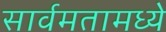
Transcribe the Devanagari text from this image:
सार्वमतामध्ये